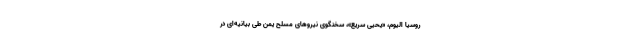
روسیا الیوم، «یحیی سریع»، سخنگوی نیروهای مسلح یمن طی بیانیه‌ای در